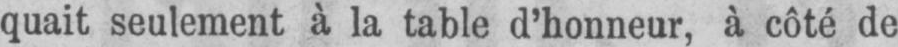
quait seulement à la table d’honneur, à côté de